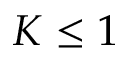
K \leq 1